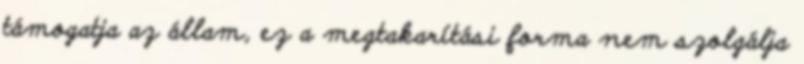
támogatja az állam, ez a megtakarítási forma nem szolgálja